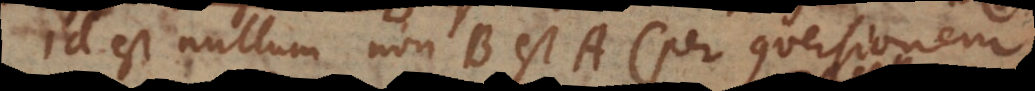
id est nullum non‐B est A (per conversionem